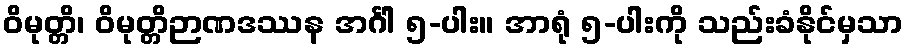
ဝိမုတ္တိ၊ ဝိမုတ္တိဉာဏဒဿန အင်္ဂါ ၅-ပါး။ အာရုံ ၅-ပါးကို သည်းခံနိုင်မှသာ